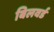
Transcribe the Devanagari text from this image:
बिलवर्ड